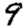
Digit: 9